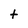
Character: t